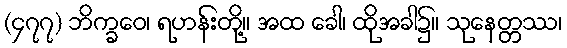
(၄၇၇) ဘိက္ခဝေ၊ ရဟန်းတို့။ အထ ခေါ၊ ထိုအခါ၌။ သုနေတ္တဿ၊